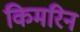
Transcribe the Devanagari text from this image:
किमरिन